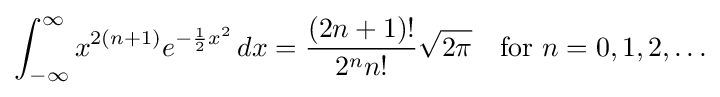
\int _{-\infty }^{\infty }x^{2(n+1)}e^{-{\frac {1}{2}}x^{2}}\,dx={\frac {(2n+1)!}{2^{n}n!}}{\sqrt {2\pi }}\quad {\text{for }}n=0,1,2,\ldots